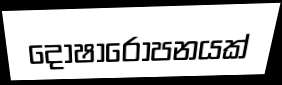
දෝෂාරෝපනයක්